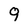
Character: g